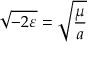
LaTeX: { \sqrt { - 2 \varepsilon } } = { \sqrt { \frac { \mu } { a } } }